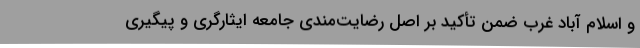
و اسلام آباد غرب ضمن تأکید بر اصل رضایت‌مندی جامعه ایثارگری و پیگیری